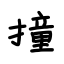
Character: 撞